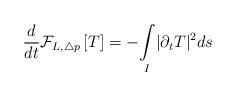
LaTeX: \begin{align*}\frac{d}{d t} \mathcal{F}_{L,\triangle p}\left[ T \right] =- \underset{I}{\int }| \partial_{t}T |^{2} ds \end{align*}